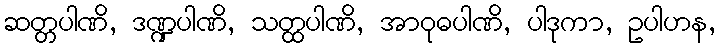
ဆတ္တပါဏိ, ဒဏ္ဍပါဏိ, သတ္ထပါဏိ, အာဝုဓပါဏိ, ပါဒုကာ, ဥပါဟန,